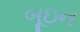
બૂઇન